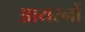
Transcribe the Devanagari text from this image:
आयरनों